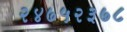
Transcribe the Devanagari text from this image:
२४७५२३७८